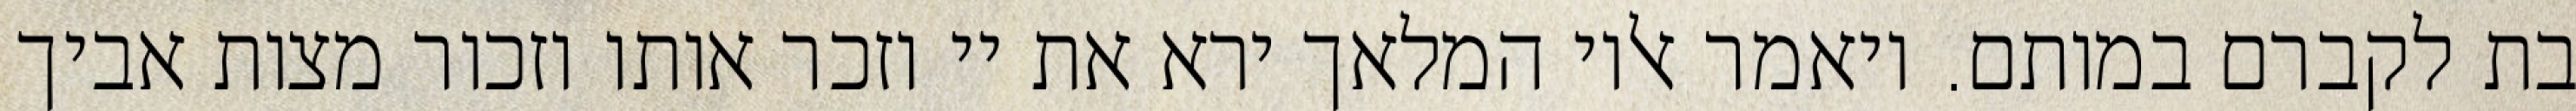
בת לקברם במותם. ויאמר אליו המלאך ירא את יי וזכר אותו וזכור מצות אביך